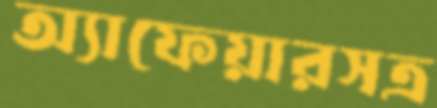
অ্যাফেয়ারসত্র